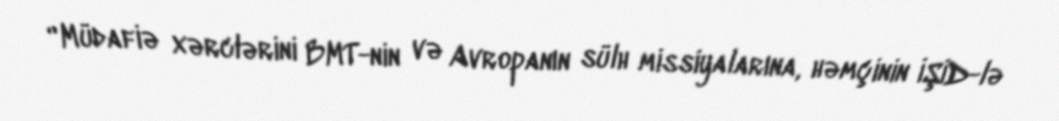
“Müdafiə xərclərini BMT-nin və Avropanın sülh missiyalarına, həmçinin İŞİD-lə